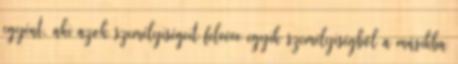
egyént, aki azok személyiségeit felvéve egyik személyiségből a másikba